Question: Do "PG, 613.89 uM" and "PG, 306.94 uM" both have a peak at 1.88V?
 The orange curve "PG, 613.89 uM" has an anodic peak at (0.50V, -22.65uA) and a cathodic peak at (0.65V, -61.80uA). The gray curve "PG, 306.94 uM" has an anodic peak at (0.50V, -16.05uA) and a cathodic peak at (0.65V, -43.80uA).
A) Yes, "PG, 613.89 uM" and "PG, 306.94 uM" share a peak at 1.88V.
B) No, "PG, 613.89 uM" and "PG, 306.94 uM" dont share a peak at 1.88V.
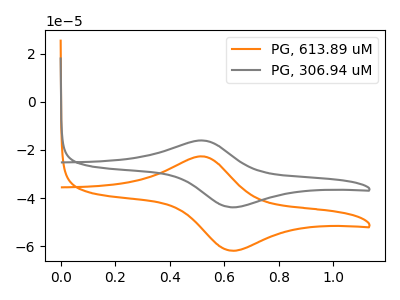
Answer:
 <answer>B) No, "PG, 613.89 uM" and "PG, 306.94 uM" dont share a peak at 1.88V.</answer>
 <eval>B</eval>